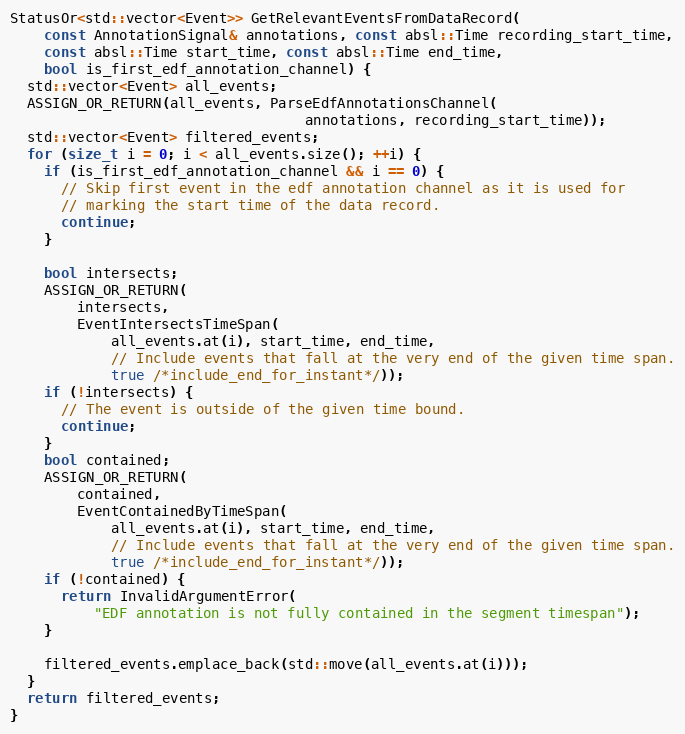
Language: C++
StatusOr<std::vector<Event>> GetRelevantEventsFromDataRecord(
    const AnnotationSignal& annotations, const absl::Time recording_start_time,
    const absl::Time start_time, const absl::Time end_time,
    bool is_first_edf_annotation_channel) {
  std::vector<Event> all_events;
  ASSIGN_OR_RETURN(all_events, ParseEdfAnnotationsChannel(
                                   annotations, recording_start_time));
  std::vector<Event> filtered_events;
  for (size_t i = 0; i < all_events.size(); ++i) {
    if (is_first_edf_annotation_channel && i == 0) {
      // Skip first event in the edf annotation channel as it is used for
      // marking the start time of the data record.
      continue;
    }

    bool intersects;
    ASSIGN_OR_RETURN(
        intersects,
        EventIntersectsTimeSpan(
            all_events.at(i), start_time, end_time,
            // Include events that fall at the very end of the given time span.
            true /*include_end_for_instant*/));
    if (!intersects) {
      // The event is outside of the given time bound.
      continue;
    }
    bool contained;
    ASSIGN_OR_RETURN(
        contained,
        EventContainedByTimeSpan(
            all_events.at(i), start_time, end_time,
            // Include events that fall at the very end of the given time span.
            true /*include_end_for_instant*/));
    if (!contained) {
      return InvalidArgumentError(
          "EDF annotation is not fully contained in the segment timespan");
    }

    filtered_events.emplace_back(std::move(all_events.at(i)));
  }
  return filtered_events;
}